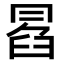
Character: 𠕣